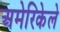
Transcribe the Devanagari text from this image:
अमेरिकेले